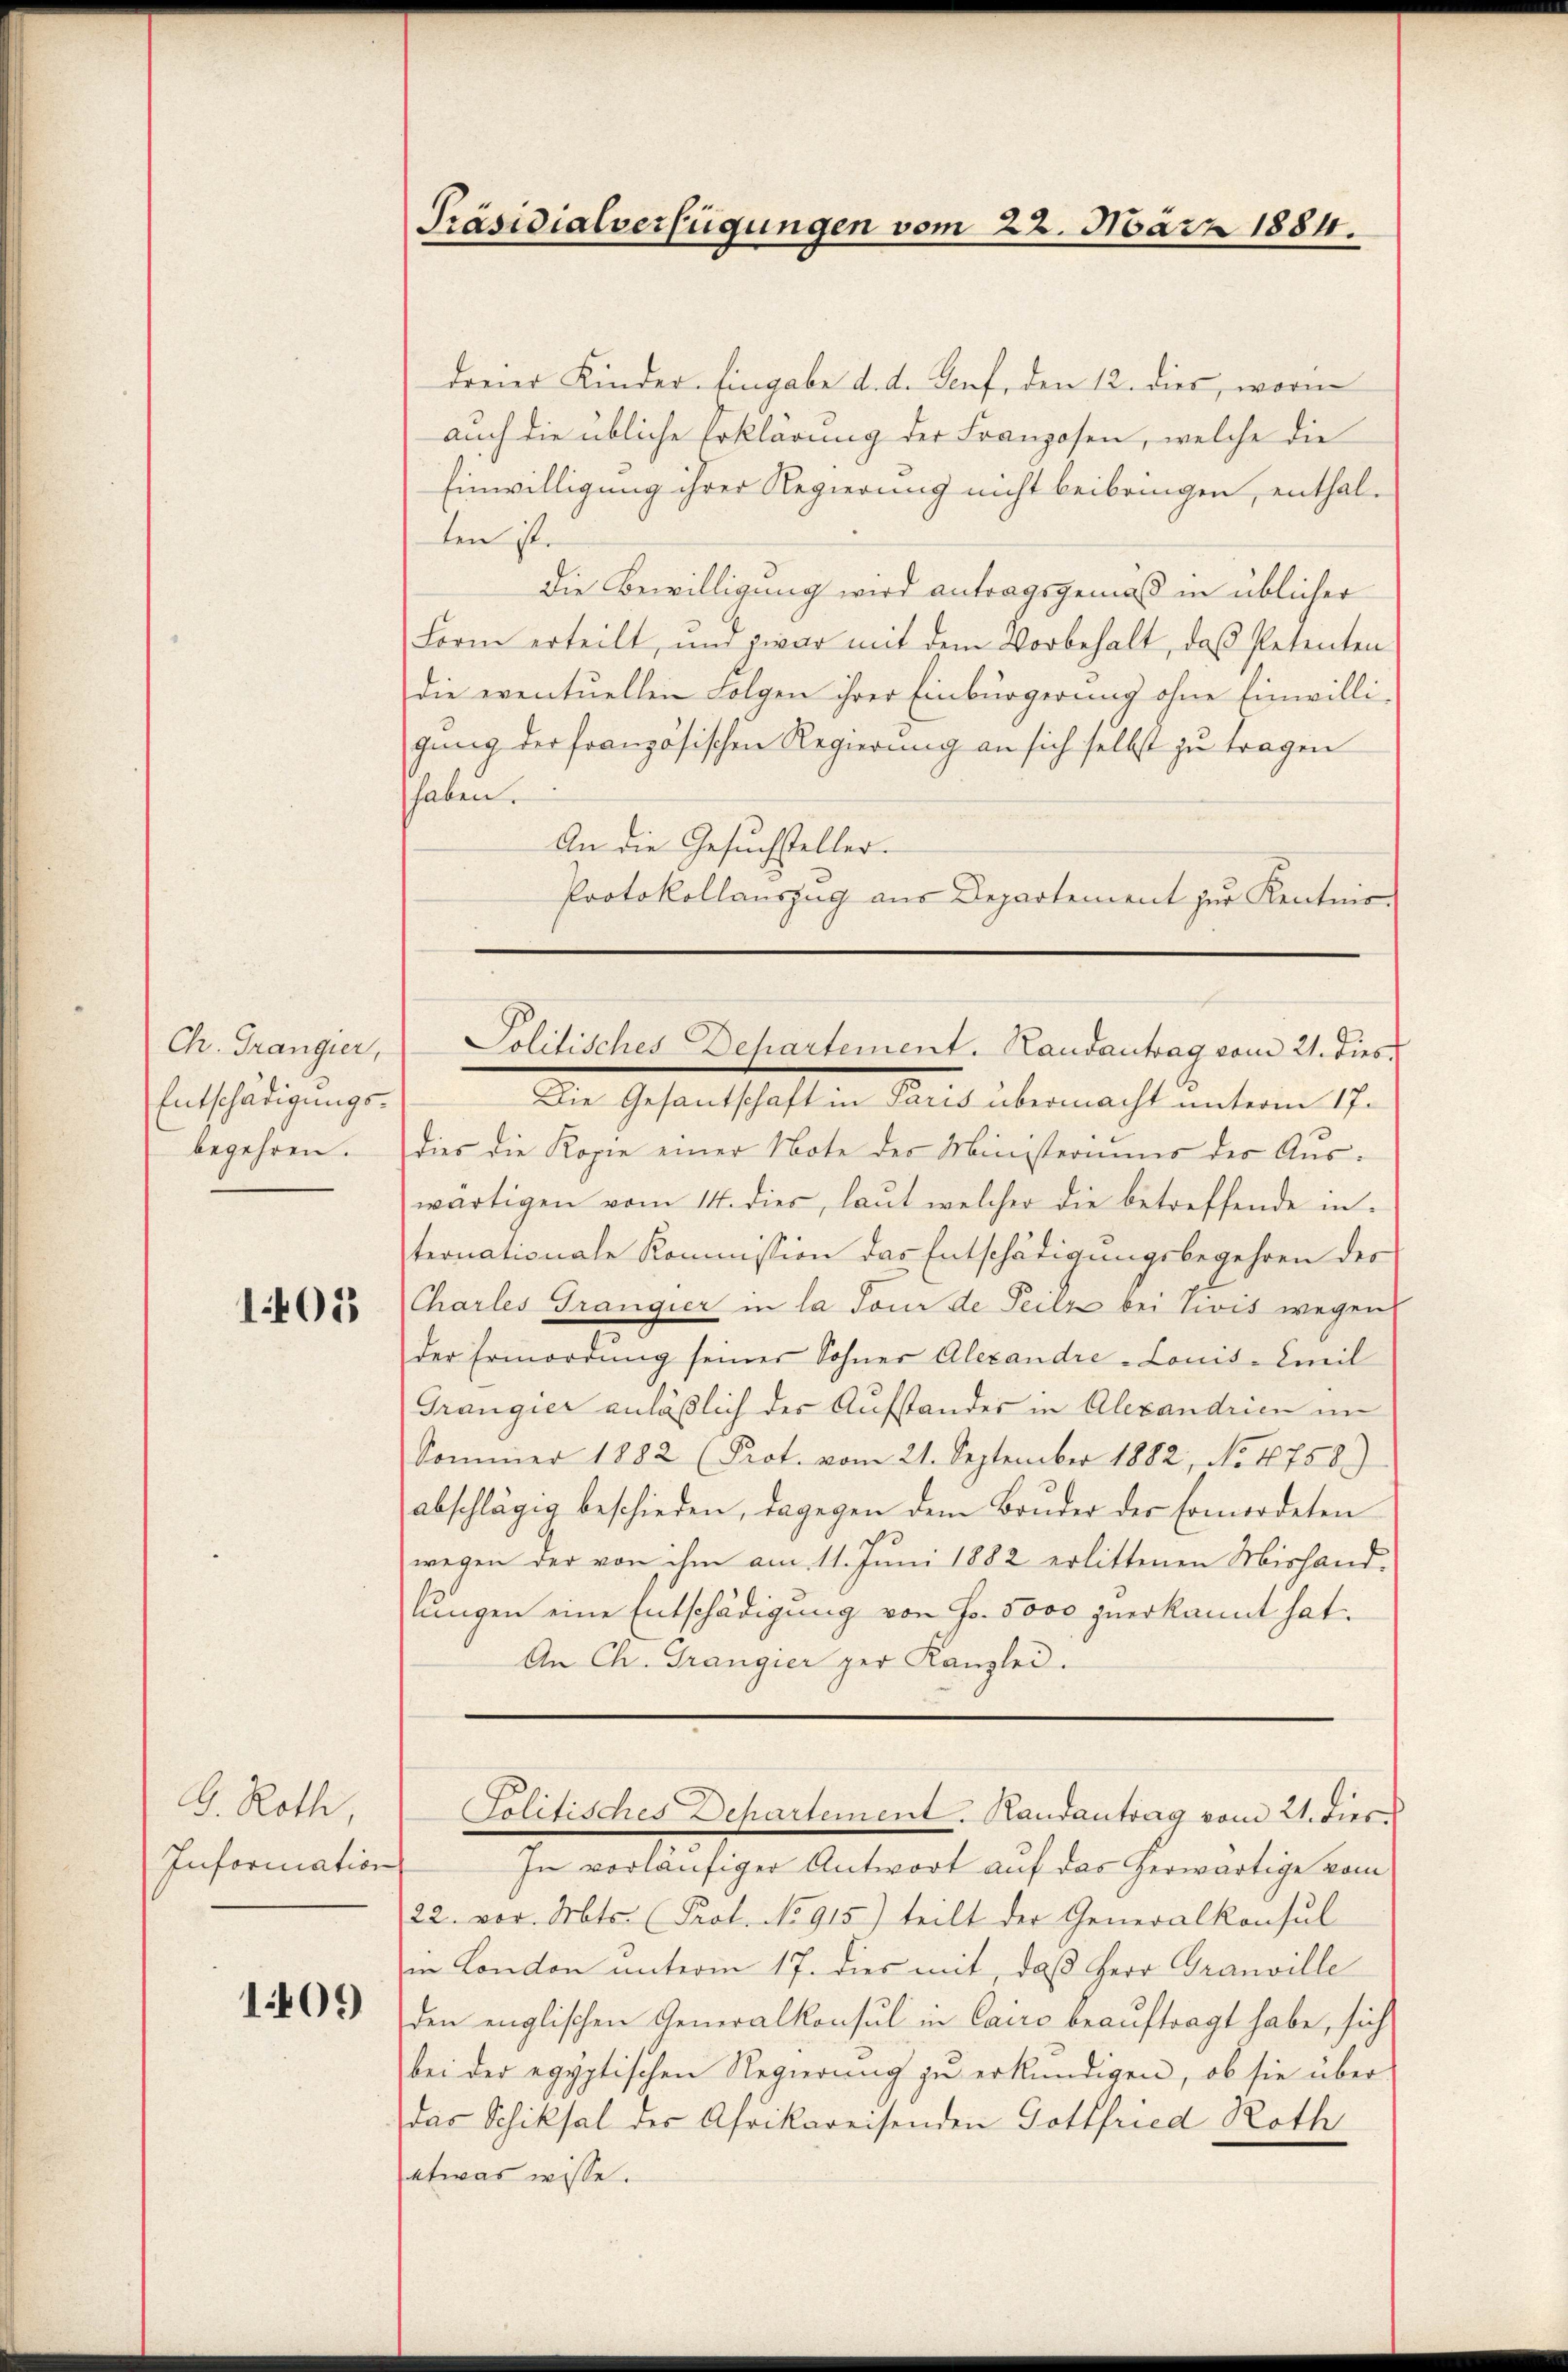
Ch. Trangier,
Entschädigungsbegehren.

1405

G. Roth,
Information

1409

Präsidialverfügungen vom 22. März 1884.

dreier Kinder Eingabe d. d. Genf, den 12. dies, worin
auch die übliche Erklärung der Franzosen, welche die
Einwilligung ihrer Regierung nicht beibringen, enthalten ist.
die Bewilligung wird antragsgemäß in üblicher
Form erteilt, und zwar mit dem Vorbehalt, das Petenten
die eventuellen Folgen ihrer Einbürgerung ohne Einwilligung der französischen Regierung an sich selbst zu tragen
haben.
An die Gesuchsteller.
Protokollauszug aus Departement zur Kenntnis-
e

Die Gesandtschaft in Paris übermacht unterm 17.
dies die Kopie einer Note des Ministeriums der Aŭs-
wärtigen vom 14. dies, laut welcher die betreffende internationale Kommission das Entschädigungsbegehren des
Charles Grangier in la Tour de Teilz bei Livis wegen
der Ermordung seiner Sohner Alexandre Louis-Emil
Grangier anläßlich der Aufstandes in Alexandrien im
Sommer 1882 (Prot. vom 21. September 1882, No 4758)
abschlägig beschieden, dagegen dem Bruder der Ermordeten
3
wegen der von ihm am 11. Juni 1882 erlittenen Mishand-
lungen eine Entschädigung von Fr. 5000 zuerkannt hat.
An Ch. Trangier per Kanzlei.
Politisches Dehartement. Randantrag vom 21. dies
In vorläufiger Antwort auf das herwärtige vom
22. vor. Mts. (Prot. No 915) teilt der Generalkonsul
in London unterm 17. dies mit, daß Herr Granville
den englischen Generalkonsul in Cairo beauftragt habe, sich
bei der egyptischen Regierŭng zŭ erkundigen, ob sie über
das Schicksal der Afrikareisenden Gottfried Roth
etwas wisse.

Solitisches Departement. Handantrag vom 21. dies